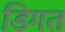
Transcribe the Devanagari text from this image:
डिगत